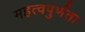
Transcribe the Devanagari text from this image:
महत्वपुर्णता